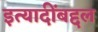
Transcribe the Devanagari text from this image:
इत्यादींबद्दल